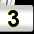
Digit: 3